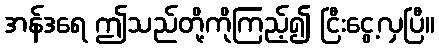
အန်ဒရေ ဤသည်တို့ကိုကြည့်၍ ငြီးငွေ့လှပြီ။